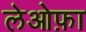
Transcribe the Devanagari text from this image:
लेओफ़ा